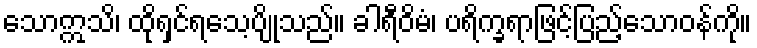
သောဣသိ၊ ထိုရှင်ရသေ့ပျိုသည်။ ခါရီဝိမံ၊ ပရိက္ခရာဖြင့်ပြည့်သောဝန်ကို။